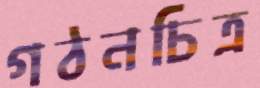
গঠনচিত্র